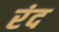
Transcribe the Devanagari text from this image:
रंद